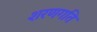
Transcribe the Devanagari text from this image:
शरणगति